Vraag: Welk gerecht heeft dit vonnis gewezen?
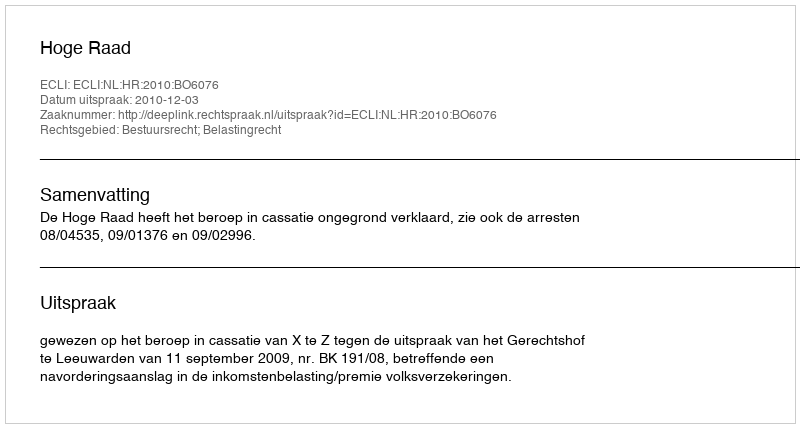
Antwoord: Hoge Raad